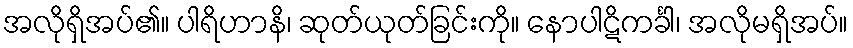
အလိုရှိအပ်၏။ ပါရိဟာနိ၊ ဆုတ်ယုတ်ခြင်းကို။ နောပါဋိကင်္ခါ၊ အလိုမရှိအပ်။